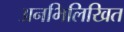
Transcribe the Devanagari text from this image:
अनभिलिखित